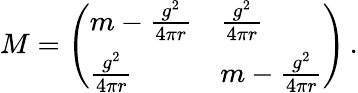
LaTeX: M=\left(\begin{array}{ll}{{m-{\frac{g^{2}}{4\pi r}}}}&{{{\frac{g^{2}}{4\pi r}}}}\\ {{{\frac{g^{2}}{4\pi r}}}}&{{m-{\frac{g^{2}}{4\pi r}}}}\end{array}\right)\, .